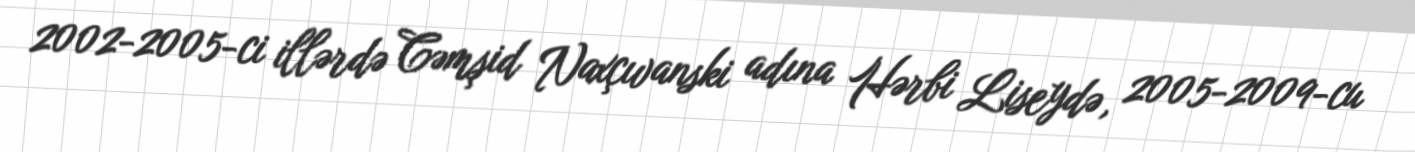
2002-2005-ci illərdə Cəmşid Naxçıvanski adına Hərbi Liseydə, 2005-2009-cu